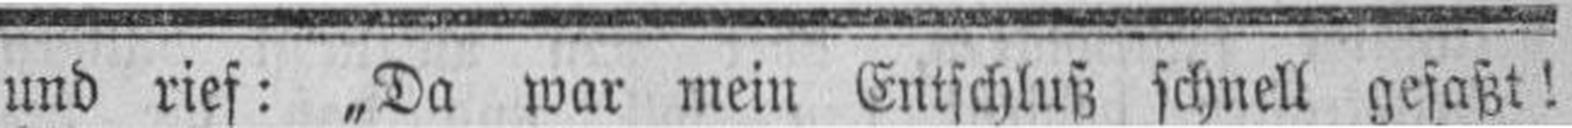
und rief: „Da war mein Gutschluß schnell gefaßt!